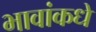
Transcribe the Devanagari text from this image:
भावांकधे